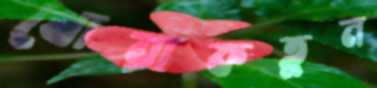
খোরাকতুন